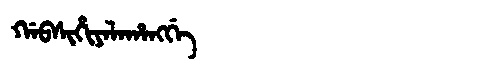
Manchu: ᡤᠠᠪᠰᡳᡥᡳᠶᠠᠯᠠᡥᠠᠩᡤᡝ
Romanization: GABSIHIYALAHANGGE